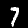
Label: 7